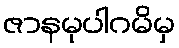
ဇာနမုပါဂမိမှ